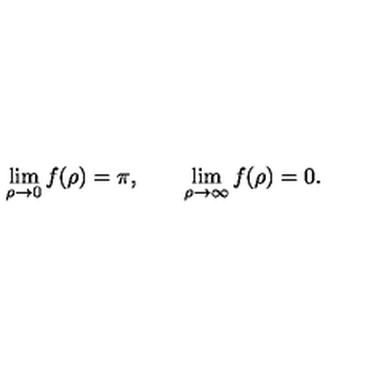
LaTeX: \lim _ { \rho \rightarrow 0 } f ( \rho ) = \pi , \qquad \lim _ { \rho \rightarrow \infty } f ( \rho ) = 0 .